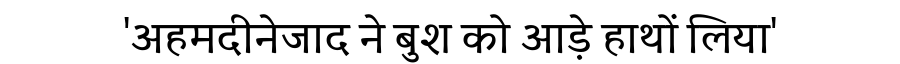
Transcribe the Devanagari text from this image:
'अहमदीनेजाद ने बुश को आड़े हाथों लिया'